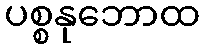
ပစ္စနုဘောထ